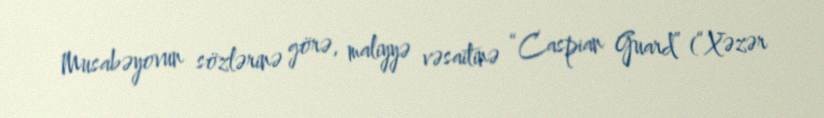
Musabəyovun sözlərinə görə, maliyyə vəsaitinə “Caspian Guard” (“Xəzər